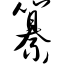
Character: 纂